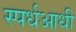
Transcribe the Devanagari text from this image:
स्पर्धआधी